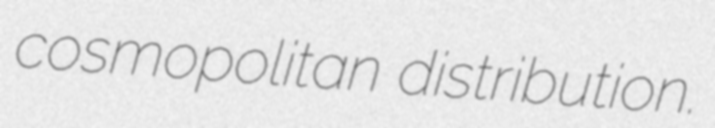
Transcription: cosmopolitan distribution.